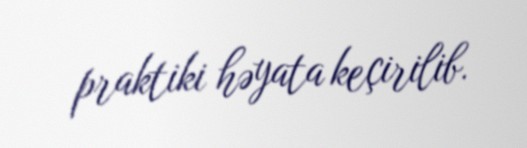
praktiki həyata keçirilib.